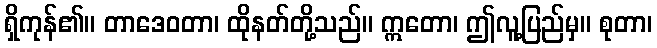
ရှိကုန်၏။ တာဒေဝတာ၊ ထိုနတ်တို့သည်။ ဣတော၊ ဤလူ့ပြည်မှ။ စုတာ၊